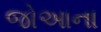
જોઆના